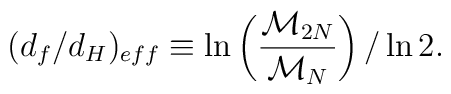
(d_f/d_H)_{eff} \equiv\ln\left({\frac{{\cal{M}}_{2N}}{{\cal{M}}_{N}}}\right)/\ln 2.